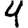
Digit: 4